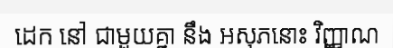
ដេក នៅ ជាមួយគ្នា នឹង អសុភនោះ វិញ្ញាណ